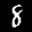
Label: 8